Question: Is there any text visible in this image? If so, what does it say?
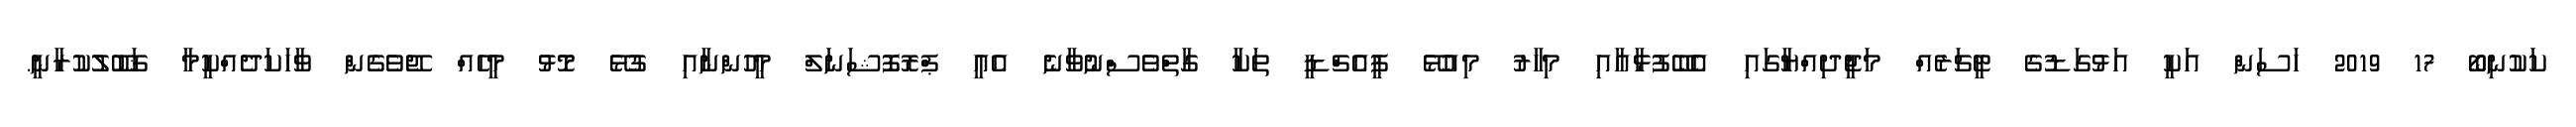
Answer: ކަކުނިބޯ 17 2019 ހަސަން އަކީ އަޅުގަޑުގެ ޓީޗަރެއް މަޖީދިއްޔާގައި އެބޭފުޅާއާއި މިހާރު މިއުޅޭ ޕީއެޗްޑީ ތަކާ ގާތްވެސްނުވާނެ އެއީ ޕްރޮފޮޝަނަލް މީހުންނާއި ގުޅޭ މޮޅު މީހެއް ޖޭވެގެން ވާހަކަދެއްކީމާ ޤަބޫލުކުރާނީ.